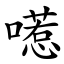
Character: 㘃